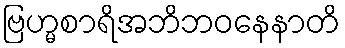
ဗြဟ္မစာရိအဘိဘဝနေနာတိ